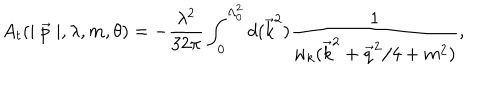
A _ { t } ( \mid \vec { p } \mid , \lambda , m , \theta ) = - \frac { \lambda ^ { 2 } } { 3 2 \pi } \int _ { 0 } ^ { \Lambda _ { 0 } ^ { 2 } } d ( \vec { k } ^ { 2 } ) \frac 1 { w _ { k } ( \vec { k } ^ { 2 } + \vec { q } ^ { 2 } / 4 + m ^ { 2 } ) } ,